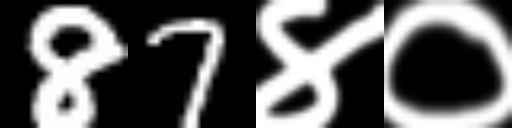
Text: 87४०